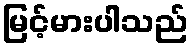
မြင့်မားပါသည်